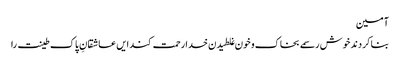
آمین
بنا کردند خوش رسمے بخاک و خون غلطیدن خدا رحمت کند ایں عاشقانِ پاک طینت را